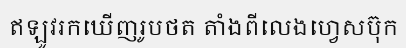
ឥឡូវរកឃើញរូបថត តាំងពីលេងហ្វេសប៊ុក